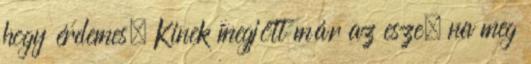
hogy érdemes. Kinek megjött már az esze, na meg